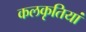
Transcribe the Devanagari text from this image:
कलकृतियां